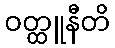
ဝတ္ထူနီတိ